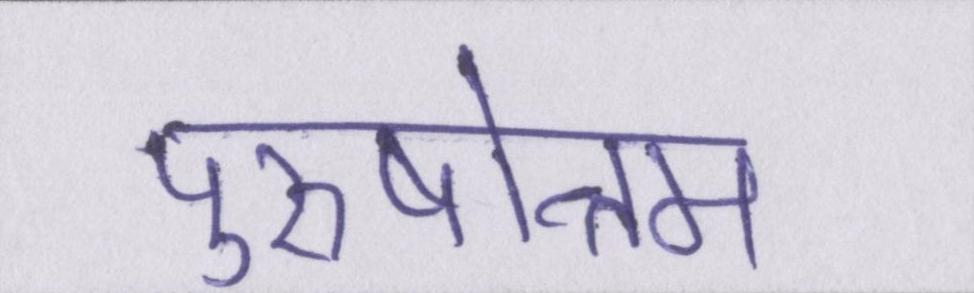
पुरुषोत्तम